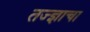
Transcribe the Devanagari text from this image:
तज्‍ज्ञाचा